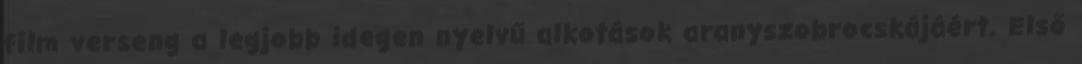
film verseng a legjobb idegen nyelvű alkotások aranyszobrocskájáért. Első